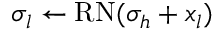
\sigma _ { l } \gets \mathrm { R N } ( \sigma _ { h } + x _ { l } )